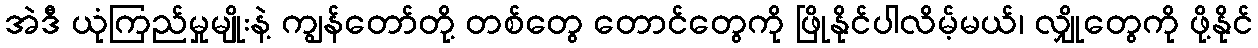
အဲဒီ ယုံကြည်မှုမျိုးနဲ့ ကျွန်တော်တို့ တစ်တွေ တောင်တွေကို ဖြိုနိုင်ပါလိမ့်မယ်၊ လျှိုတွေကို ဖို့နိုင်